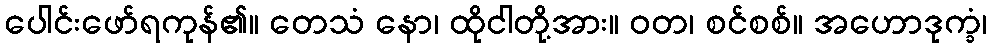
ပေါင်းဖော်ရကုန်၏။ တေသံ နော၊ ထိုငါတို့အား။ ဝတ၊ စင်စစ်။ အဟောဒုက္ခံ၊